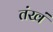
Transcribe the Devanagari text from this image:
तंखं